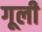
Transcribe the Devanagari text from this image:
गूली